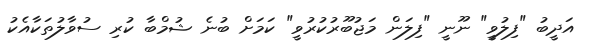
އަދީބު "ފިލުވީ" ނޫނީ "ފިލަން މަޖުބޫރުކުރުވީ" ކަމަށް ބުނެ ޝުމްބާ ކުރި ސުވާލުތަކާއެކު